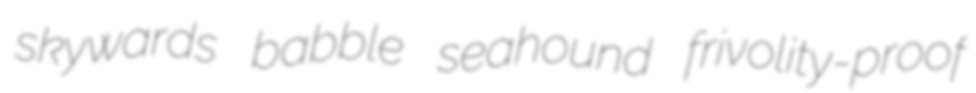
skywards babble seahound frivolity-proof